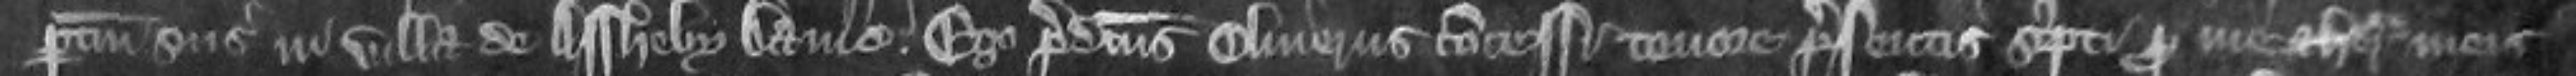
pertinenciis suis in villa de Assheby David. Ego predictus Oliverus concessi tenore presentis scripti pro me et heredibus meis